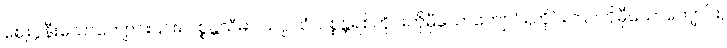
ဈေးပွဲနီးသောကျောင်း၎င်း။ ပစ္စန္တသီမာ သပ္ပါယံ၊ ပစ္စန္တရစ်တိုင်းကိုမှီသောကျောင်း,တိုင်းကြပ်ကိုမှီသောကျောင်း,